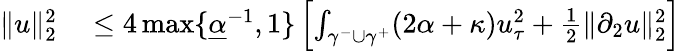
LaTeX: \begin{array}{rl}{\| u\| _{2}^{2}}&{{}\leq 4\operatorname*{max}\lbrace\underline{{\alpha}}^{-1},1\rbrace\left[\int_{\gamma^{-}\cup\gamma^{+}}(2\alpha+\kappa)u_{\tau}^{2}+\frac{1}{2}\| \partial_{2}u\| _{2}^{2}\right]}\end{array}